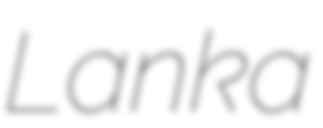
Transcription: Lanka